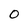
Character: 0